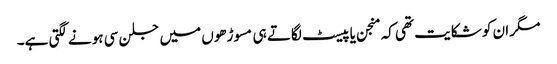
مگر ان کو شکایت تھی کہ منجن یا پیسٹ لگاتے ہی مسوڑھوں میں جلن سی ہونے لگتی ہے۔